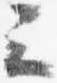
云